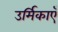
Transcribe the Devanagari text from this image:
उर्मिकाएँ